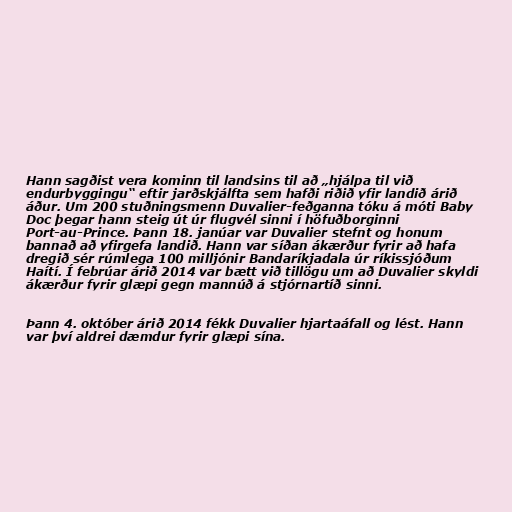
Hann sagðist vera kominn til landsins til að „hjálpa til við
endurbyggingu“ eftir jarðskjálfta sem hafði riðið yfir landið árið
áður. Um 200 stuðningsmenn Duvalier-feðganna tóku á móti Baby
Doc þegar hann steig út úr flugvél sinni í höfuðborginni
Port-au-Prince. Þann 18. janúar var Duvalier stefnt og honum
bannað að yfirgefa landið. Hann var síðan ákærður fyrir að hafa
dregið sér rúmlega 100 milljónir Bandaríkjadala úr ríkissjóðum
Haítí. Í febrúar árið 2014 var bætt við tillögu um að Duvalier skyldi
ákærður fyrir glæpi gegn mannúð á stjórnartíð sinni.

Þann 4. október árið 2014 fékk Duvalier hjartaáfall og lést. Hann
var því aldrei dæmdur fyrir glæpi sína.